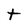
Character: t